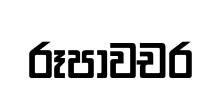
රූපාවචර